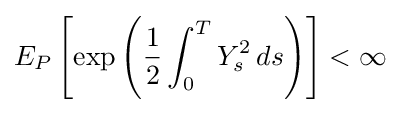
E_{P}\left[\exp \left({\frac {1}{2}}\int _{0}^{T}Y_{s}^{2}\,ds\right)\right]<\infty